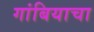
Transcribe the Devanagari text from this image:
गांबियाचा